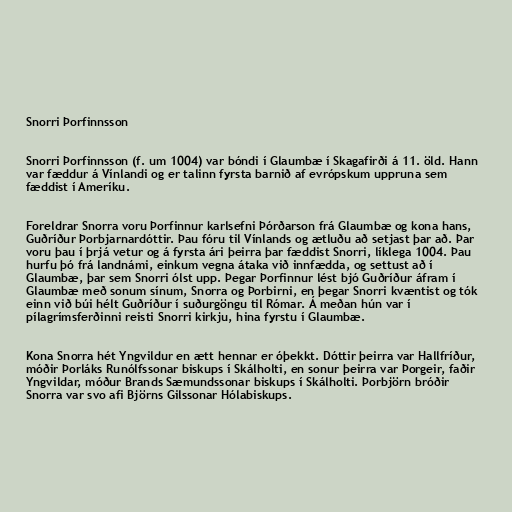
Snorri Þorfinnsson

Snorri Þorfinnsson (f. um 1004) var bóndi í Glaumbæ í Skagafirði á 11. öld. Hann
var fæddur á Vínlandi og er talinn fyrsta barnið af evrópskum uppruna sem
fæddist í Ameríku.

Foreldrar Snorra voru Þorfinnur karlsefni Þórðarson frá Glaumbæ og kona hans,
Guðríður Þorbjarnardóttir. Þau fóru til Vínlands og ætluðu að setjast þar að. Þar
voru þau í þrjá vetur og á fyrsta ári þeirra þar fæddist Snorri, líklega 1004. Þau
hurfu þó frá landnámi, einkum vegna átaka við innfædda, og settust að í
Glaumbæ, þar sem Snorri ólst upp. Þegar Þorfinnur lést bjó Guðríður áfram í
Glaumbæ með sonum sínum, Snorra og Þorbirni, en þegar Snorri kvæntist og tók
einn við búi hélt Guðríður í suðurgöngu til Rómar. Á meðan hún var í
pílagrímsferðinni reisti Snorri kirkju, hina fyrstu í Glaumbæ.

Kona Snorra hét Yngvildur en ætt hennar er óþekkt. Dóttir þeirra var Hallfríður,
móðir Þorláks Runólfssonar biskups í Skálholti, en sonur þeirra var Þorgeir, faðir
Yngvildar, móður Brands Sæmundssonar biskups í Skálholti. Þorbjörn bróðir
Snorra var svo afi Björns Gilssonar Hólabiskups.